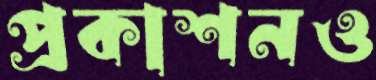
প্রকাশনও